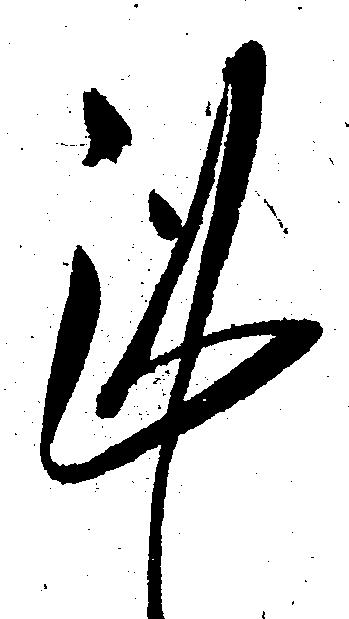
謹